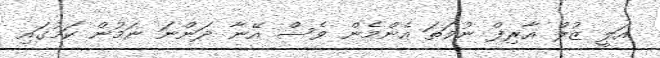
އަލީ ޒުލް އާރިފް ނުވަތަ އެންމެން ވެސް އޭނާ ދަންނަ ނަމުން ކަމުގައި